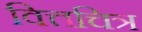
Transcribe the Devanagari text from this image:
वित्तचित्र